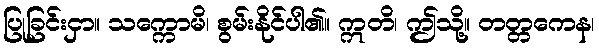
ပြုခြင်းငှာ။ သက္ကောမိ၊ စွမ်းနိုင်ပါ၏။ ဣတိ၊ ဤသို့။ တတ္တကေန၊